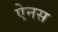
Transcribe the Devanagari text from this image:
ऐनस